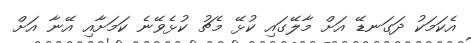
އެކަމަކު ދަގަނޑޭ އަށް މާލޭގައި ކުޅޭ މެޗު ކުޅެވޭނެ ކަމަށާއި އޭނާ އަށް